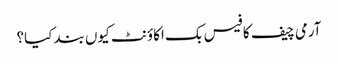
آرمی چیف کا فیس بک اکاؤنٹ کیوں بند کیا؟